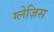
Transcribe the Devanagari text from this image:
ग्लेज़िस